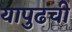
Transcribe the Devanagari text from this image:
यापुढची